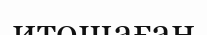
итошаған